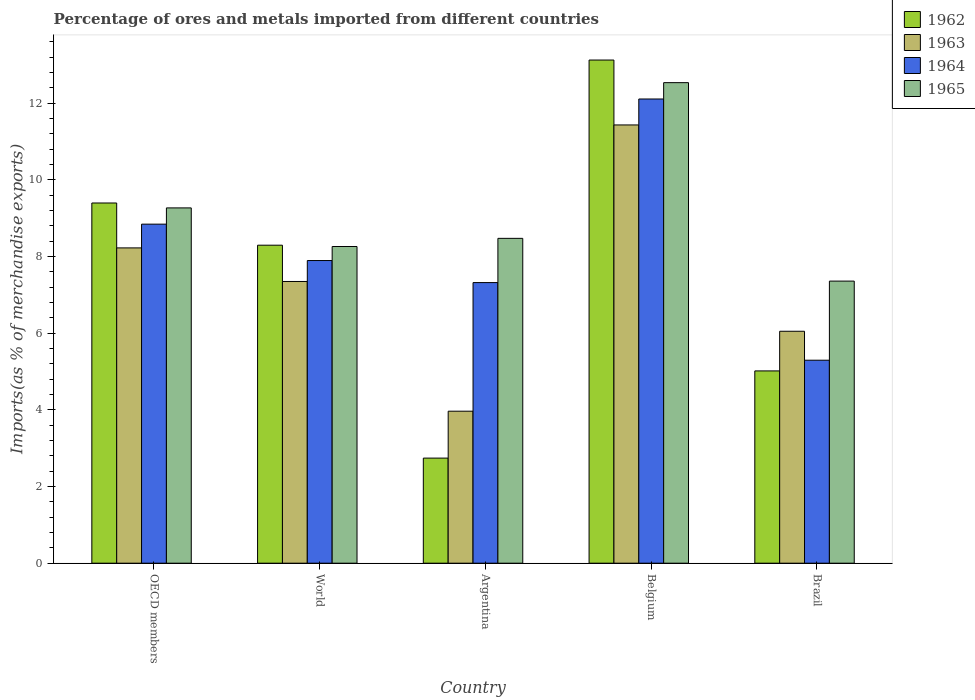
| Country | 1962 | 1963 | 1964 | 1965 |
 | --- | --- | --- | --- | --- |
 | OECD members | 9.39 | 8.22 | 8.84 | 9.27 |
 | World | 8.29 | 7.35 | 7.89 | 8.26 |
 | Argentina | 2.74 | 3.96 | 7.32 | 8.47 |
 | Belgium | 13.1 | 11.4 | 12.1 | 12.5 |
 | Brazil | 5.01 | 6.05 | 5.29 | 7.36 |